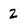
Character: 2